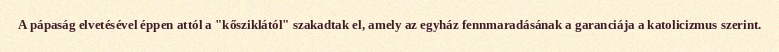
A pápaság elvetésével éppen attól a "kősziklától" szakadtak el, amely az egyház fennmaradásának a garanciája a katolicizmus szerint.